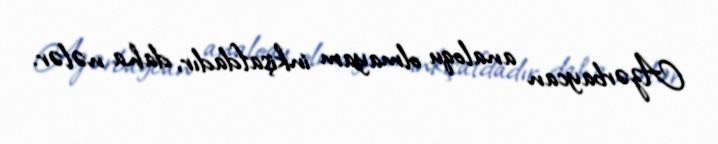
Azərbaycan analoqu olmayam inkişafdadır, daha nələr.